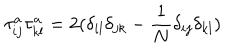
\tau _ { i j } ^ { a } \tau _ { k l } ^ { a } = 2 ( \delta _ { i l } \delta _ { j k } - \frac { 1 } { N } \delta _ { i j } \delta _ { k l } )